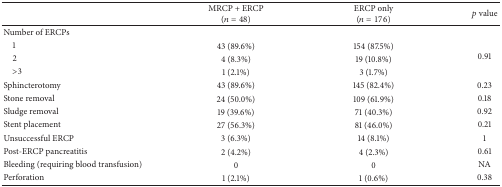
<table><thead><tr><td><b> </b></td><td><b>MRCP + ERCP (<i>n</i> = 48)</b></td><td><b>ERCP only(<i>n</i> = 176)</b></td><td><b><i>p</i> value</b></td></tr></thead><tbody><tr><td>Number of ERCPs</td><td> </td><td> </td><td> </td></tr><tr><td> 1</td><td>43 (89.6%)</td><td>154 (87.5%)</td><td rowspan="3">0.91</td></tr><tr><td> 2</td><td>4 (8.3%)</td><td>19 (10.8%)</td></tr><tr><td> &gt;3</td><td>1 (2.1%)</td><td>3 (1.7%)</td></tr><tr><td>Sphincterotomy</td><td>43 (89.6%)</td><td>145 (82.4%)</td><td>0.23</td></tr><tr><td>Stone removal</td><td>24 (50.0%)</td><td>109 (61.9%)</td><td>0.18</td></tr><tr><td>Sludge removal</td><td>19 (39.6%)</td><td>71 (40.3%)</td><td>0.92</td></tr><tr><td>Stent placement</td><td>27 (56.3%)</td><td>81 (46.0%)</td><td>0.21</td></tr><tr><td>Unsuccessful ERCP</td><td>3 (6.3%)</td><td>14 (8.1%)</td><td>1</td></tr><tr><td>Post-ERCP pancreatitis</td><td>2 (4.2%)</td><td>4 (2.3%)</td><td>0.61</td></tr><tr><td>Bleeding (requiring blood transfusion)</td><td>0</td><td>0</td><td>NA</td></tr><tr><td>Perforation</td><td>1 (2.1%)</td><td>1 (0.6%)</td><td>0.38</td></tr></tbody></table>